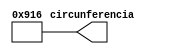
`timescale 1ns / 1ps
//////////////////////////////////////////////////////////////////////////////////
// Company: 
// Engineer: 
// 
// Design Name: 
// Module Name:    generarCircunferencia 
// Project Name: 
// Target Devices: 
// Tool versions: 
// Description: 
//
// Dependencies: 
//
// Revision: 
// Revision 0.01 - File Created
// Additional Comments: 
//
//////////////////////////////////////////////////////////////////////////////////
module generarCircunferencia(circunferencia);

output reg [15:0] circunferencia;
initial begin 

circunferencia = 2326;

end

endmodule